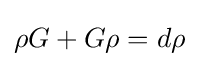
\rho G+G\rho =d\rho